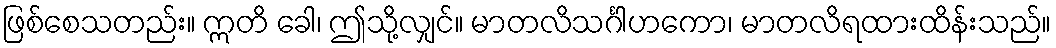
ဖြစ်စေသတည်း။ ဣတိ ခေါ၊ ဤသို့လျှင်။ မာတလိသင်္ဂါဟကော၊ မာတလိရထားထိန်းသည်။